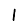
Digit: 1